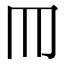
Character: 𦉫